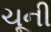
ચૂની